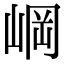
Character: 㟠